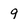
Character: 9